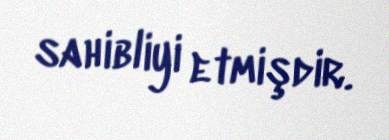
sahibliyi etmişdir.